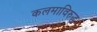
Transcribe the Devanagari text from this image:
कलमाविरुद्ध